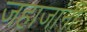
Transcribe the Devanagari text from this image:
जहाजांनी